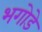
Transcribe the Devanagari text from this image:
भगोडे